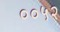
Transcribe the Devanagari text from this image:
००५२